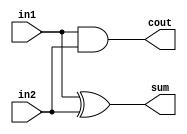
module ha (
    in1,in2,cout,sum
);
    input in1,in2;
    output cout, sum;

    assign cout = in1 & in2;
    assign sum = in1 ^ in2;

endmodule